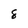
Character: 8